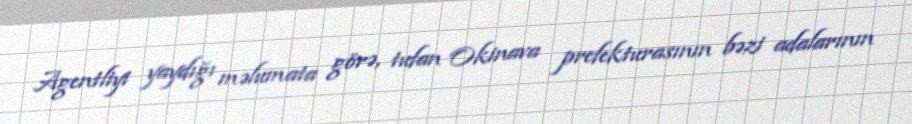
Agentliyi yaydığı məlumata görə, tufan Okinava prefekturasının bəzi adalarının